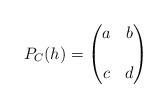
LaTeX: \begin{align*}P_C(h) = \begin{pmatrix} a & b \\ & \\ c & d \end{pmatrix}\end{align*}